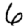
Digit: 6